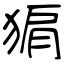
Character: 猏